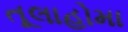
તૂલાહોમા